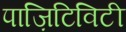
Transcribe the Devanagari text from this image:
पाज़िटिविटी